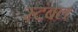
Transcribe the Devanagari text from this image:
स्टंबल